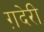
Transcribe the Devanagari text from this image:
ग़देरी